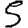
Digit: 5